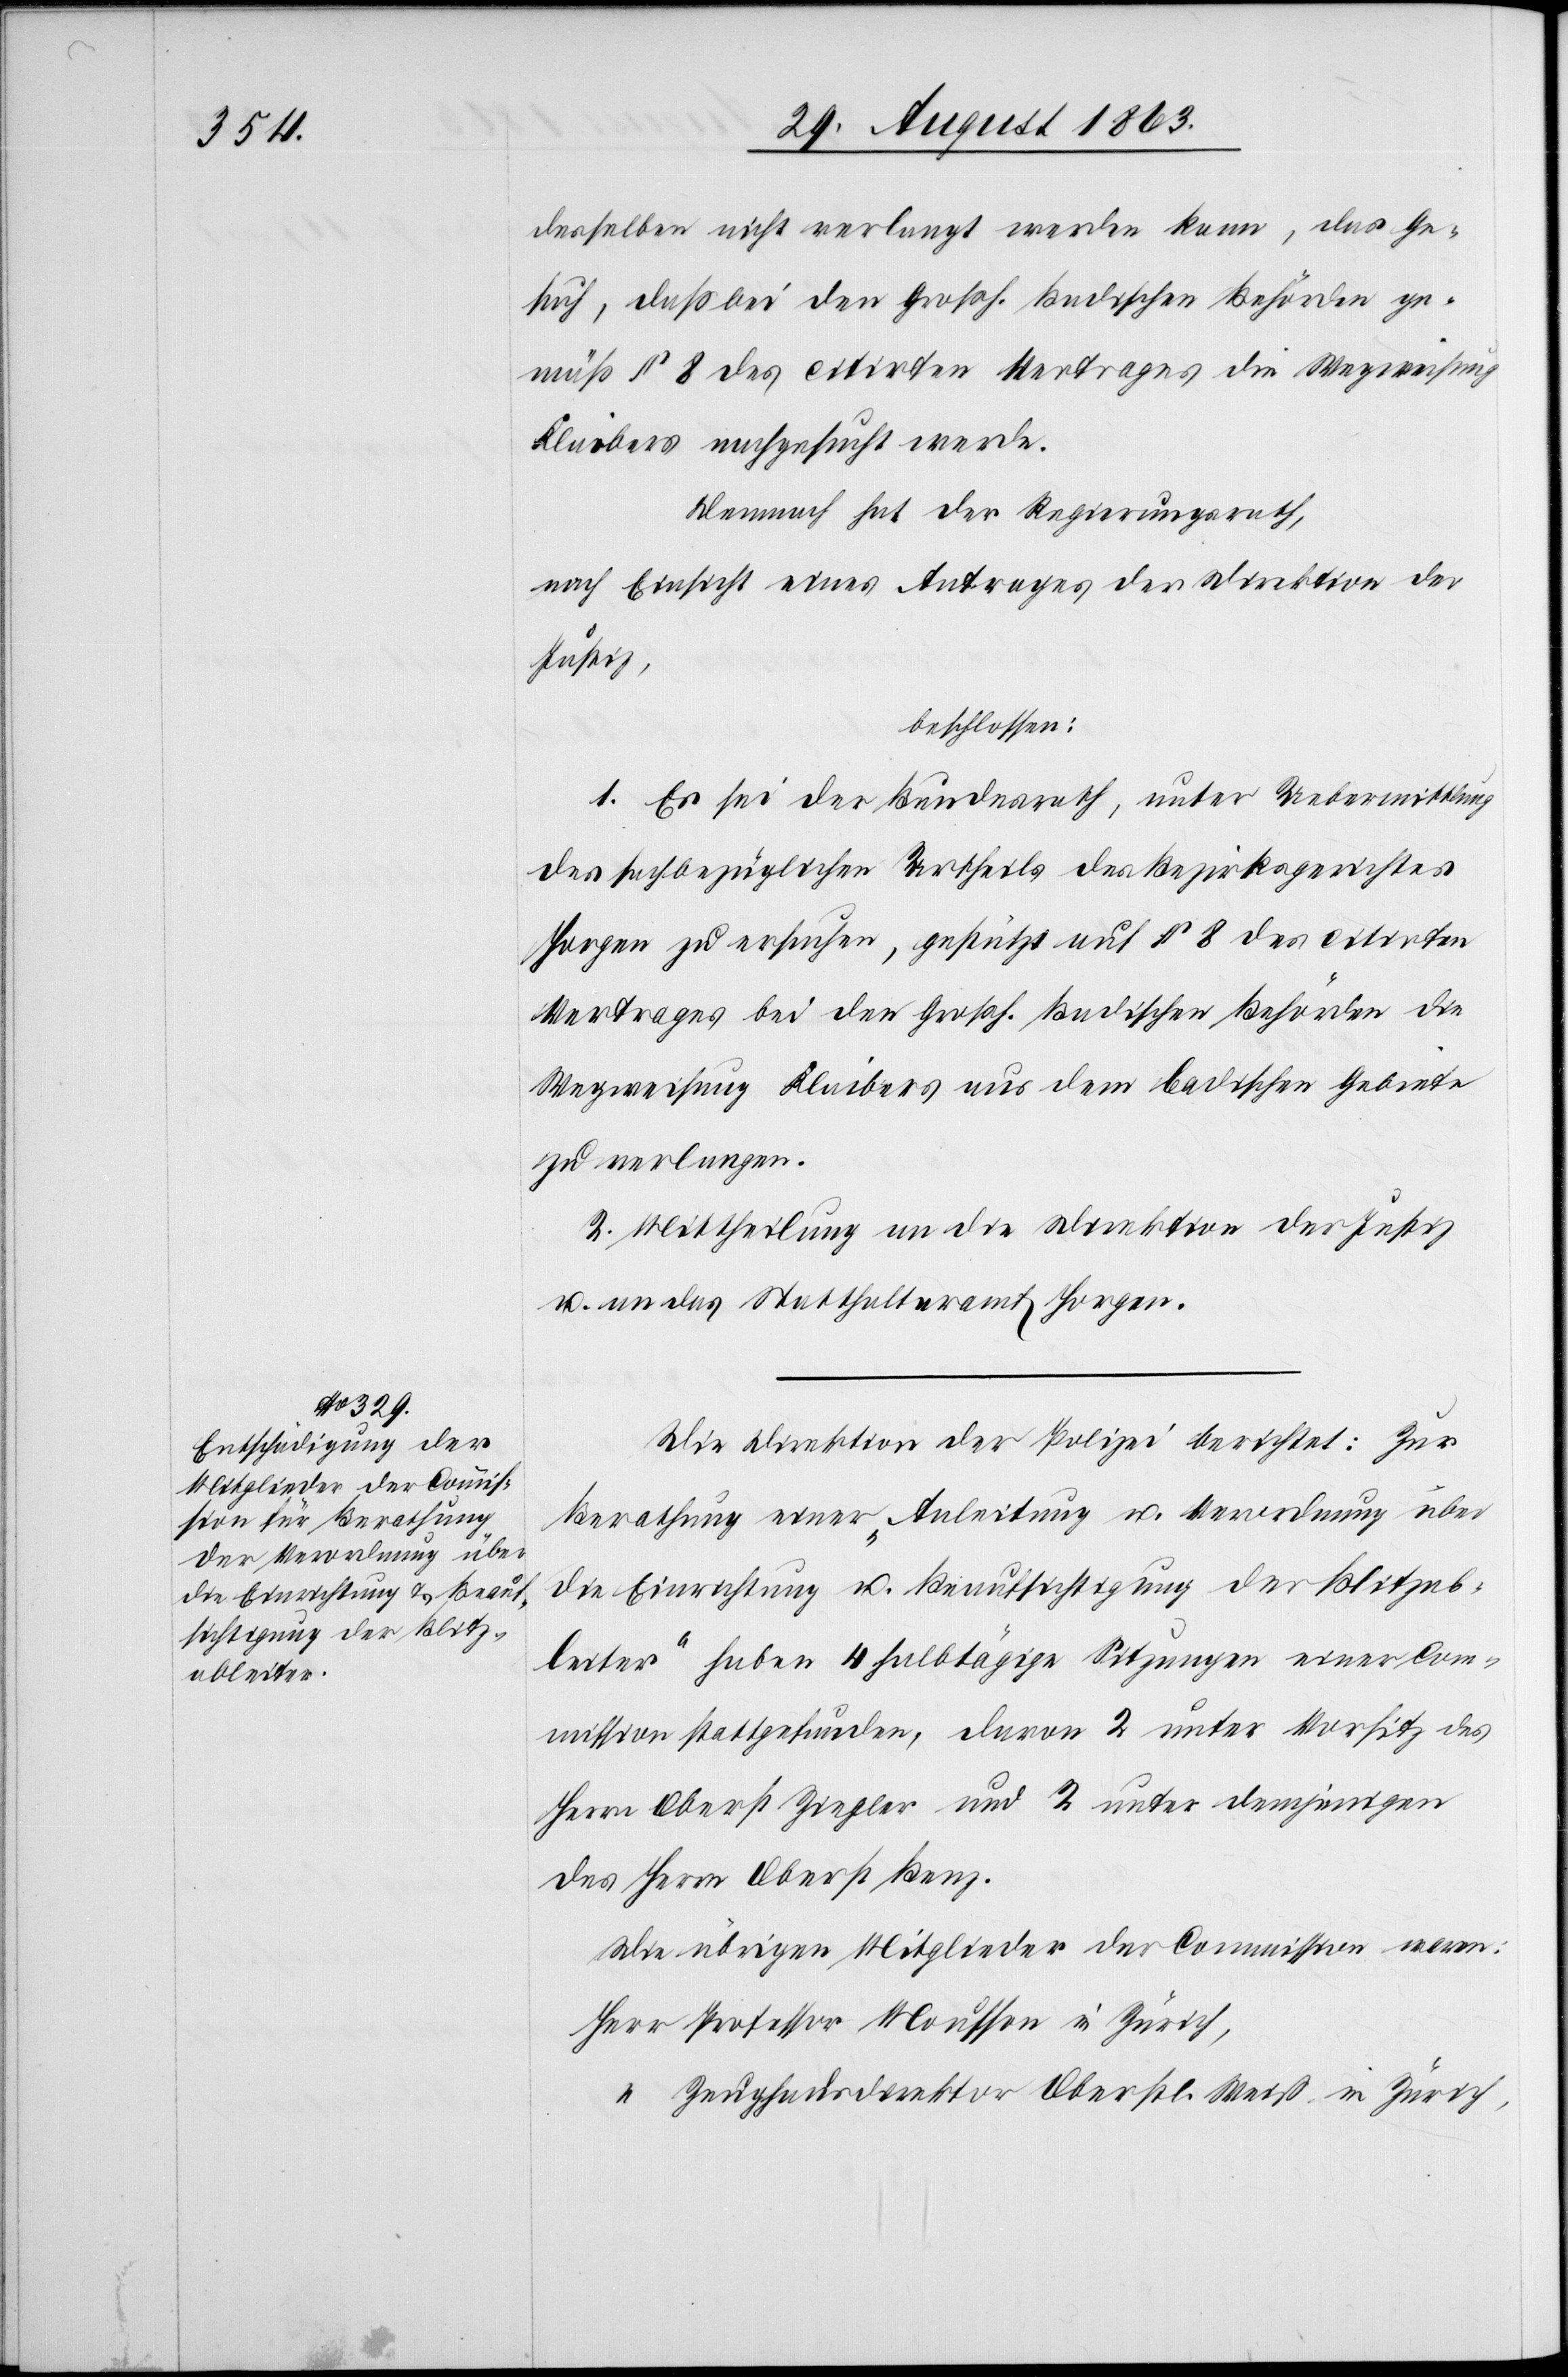
desselben nicht verlangt werden kann, das Ge¬
such, daß bei den Großh. Badischen Behörden ge¬
mäß § 8 des citirten Vertrages die Wegweisung
Klaibers nachgesucht werde.
Demnach hat der Regierungsrath,
nach Einsicht eines Antrages der Direktion der
Justiz,
beschlossen:
1. Es sei der Bundesrath, unter Uebermittlung
des sachbezüglichen Urtheils des Bezirksgerichtes
Horgen zu ersuchen, gestützt auf § 8 des citirten
Vertrages bei den Großh. Badischen Behörden die
Wegweisung Klaibers aus dem badischen Gebiete
zu verlangen.
2. Mittheilung an die Direktion der Justiz
u. an das Statthalteramt Horgen.
Die Direktion der Polizei berichtet: Zur
Berathung einer „Anleitung u. Verordnung über
die Einrichtung u. Beaufsichtigung der Blitzab¬
leiter“ haben 4 halbtägige Sitzungen einer Com¬
mission stattgefunden, davon 2 unter Vorsitz des
Herrn Oberst Ziegler und 2 unter demjenigen
des Herrn Oberst Benz.
Die übrigen Mitglieder der Commission waren:
Herr Professor Mousson in Zürich,
“	 Zeughausdirektor Oberstl. Weiß in Zürich,